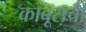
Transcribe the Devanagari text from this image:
काबूसची